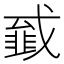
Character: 𢨁